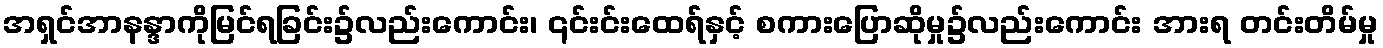
အရှင်အာနန္ဒာကိုမြင်ရခြင်း၌လည်းကောင်း၊ ၎င်းင်းထေရ်နှင့် စကားပြောဆိုမှု၌လည်းကောင်း အားရ တင်းတိမ်မှု